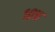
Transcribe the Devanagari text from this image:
१०च